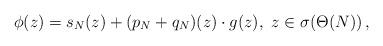
LaTeX: \begin{align*} \phi(z) = s_N(z) + (p_N + q_N) (z)\cdot g(z), \ z \in \sigma(\Theta(N)) \,,\end{align*}